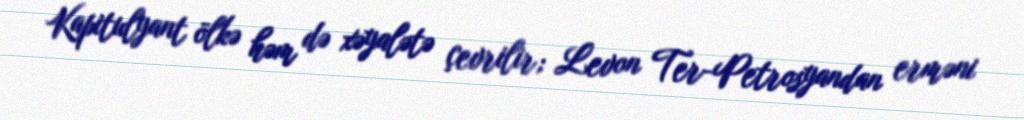
Kapitulyant ölkə həm də xəyalətə çevrilir; Levon Ter-Petrosyandan erməni